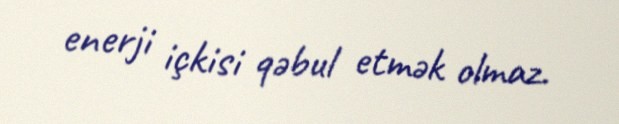
enerji içkisi qəbul etmək olmaz.